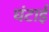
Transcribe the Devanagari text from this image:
घंटाई